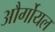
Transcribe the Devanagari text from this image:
और्गोयल